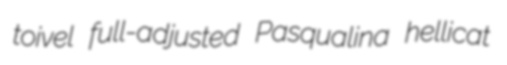
toivel full-adjusted Pasqualina hellicat